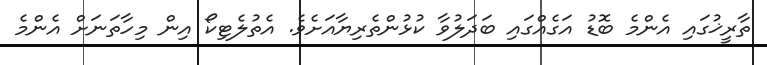
ތާރީޚުގައި އެންމެ ބޮޑު އަގެއްގައި ބަދަލުވާ ކުޅުންތެރިޔާއަށެވެ. އެތުލެޓިކޯ އިން މިހާތަނަށް އެންމެ